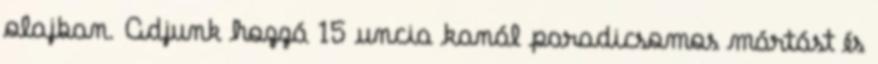
olajban. Adjunk hozzá 15 uncia kanál paradicsomos mártást és